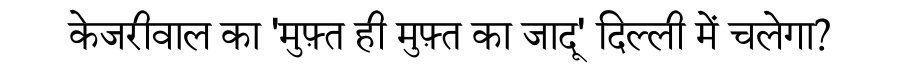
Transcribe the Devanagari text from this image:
केजरीवाल का 'मुफ़्त ही मुफ़्त का जादू' दिल्ली में चलेगा?